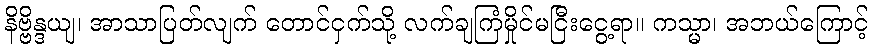
နိဗ္ဗိန္ဒယျ၊ အာသာပြတ်လျက် တောင်ငှက်သို့ လက်ချကြံမှိုင်မငြီးငွေ့ရာ။ ကသ္မာ၊ အဘယ်ကြောင့်